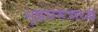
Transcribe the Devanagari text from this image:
भूडमरूमध्य